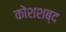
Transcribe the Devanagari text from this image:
कोशशब्द